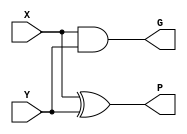
`timescale 1ns / 1ps
`default_nettype none

module generate_propagate_unit( G, P, X,Y);
// time scale declared above
// expanding to 15 bits
output wire [15:0] G,P;
input wire [15:0] X,Y;

assign G =  X & Y;
assign P = X ^ Y;

// pass in busse
endmodule
module carry_lookahead_unit(C,G,P,C0);

output wire [4:1] C; //c1 - c4
input wire [3:0] G, P;
input wire C0; //inital carry

// using formula, would rather use a full adder and just delcare outputs
assign  C[1] = G[0] | P[0] & C0;
assign C[2] = G[1] | P[1]&G[0]|(P[1]&P[0]&C0);                                                                      //     C[1] &P[1] | G[1]; 
assign C[3] = G[2] | P[2]&G[1] | P[2]&P[1]&G[0] | P[2]&P[1]&P[0]&C0;                                                //                   C[2] & P[2] | G[2];
assign C[4] = G[3] | P[3]&G[2] | P[3]&P[2]&G[01] | P[3]&P[2]& P[1]&G[0] |(P[3]&P[2]&P[1]&P[0]&C0);   //     C[3] & P[3] | G[3];
endmodule
// summation unit
module summation_unit(S,P,C);

output wire [15:0] S; // sum vector
input wire [15:0] P,C; //  propogate n carry

// follow circuit diagram
assign S = P^C;

endmodule